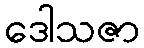
ဒေါသဇာ